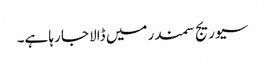
سیوریج سمندر میں ڈالا جا رہا ہے۔